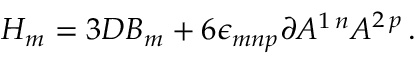
H _ { m } = 3 { \cal D } B _ { m } + 6 \epsilon _ { m n p } \partial A ^ { 1 \, n } A ^ { 2 \, p } \, .